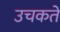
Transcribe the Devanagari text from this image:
उचकते